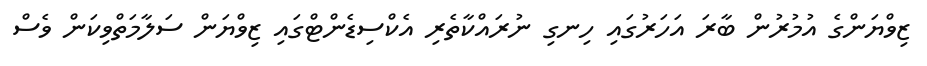
ޒިވްޔަންގެ އުމުރުން ބާރަ އަހަރުގައި ހިނގި ނުރައްކާތެރި އެކްސިޑެންޓްގައި ޒިވްޔަން ސަލާމަތްވިކަން ވެސް